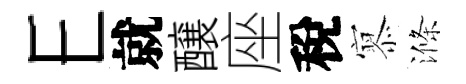
E就醸座稅𡪹滌